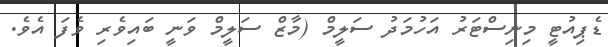
ޑެޕިއުޓީ މިނިސްޓަރު އަހުމަދު ސަލީމް (މާޒް ސަލީމް ވަނީ ބައިވެރި ވެފަ އެވެ.